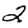
Digit: 2